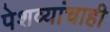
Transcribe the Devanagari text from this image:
पेशव्यांचाही